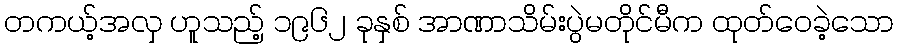
တကယ့်အလှ ဟူသည့် ၁၉၆၂ ခုနှစ် အာဏာသိမ်းပွဲမတိုင်မီက ထုတ်ဝေခဲ့သော